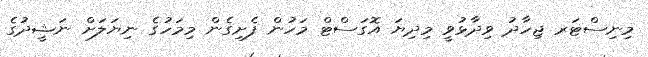
މިނިސްޓަރ ޖިހާދު ވިދާޅުވީ މިދިޔަ އޮގަސްޓް މަހުން ފެށިގެން މިމަހުގެ ނިޔަލަށް ނަޝީދުގެ